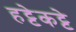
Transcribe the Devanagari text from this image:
हट्टेकट्टे